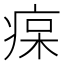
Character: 𤶭